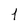
Character: 1